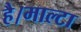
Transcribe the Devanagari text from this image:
है।माल्टा